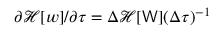
\partial \mathcal { H } [ \boldsymbol { w } ] / \partial \boldsymbol { \tau } = \Delta \mathcal { H } [ \mathsf { W } ] ( \Delta \boldsymbol { \tau } ) ^ { - 1 }